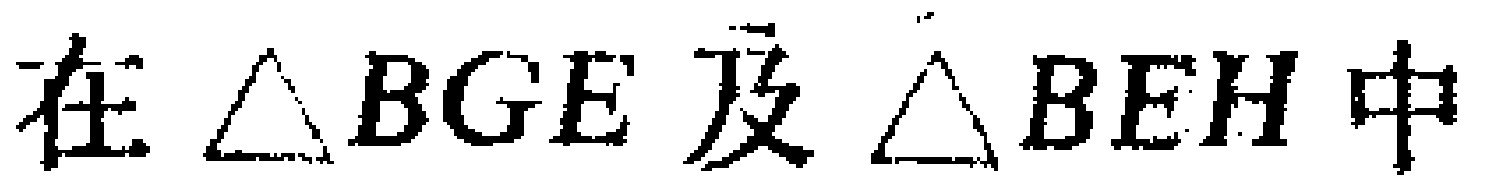
在$\triangle BGE$及$\triangle BEH$中